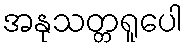
အနုသတ္တရူပေါ